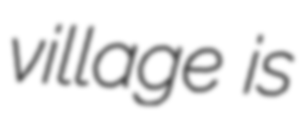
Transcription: village is